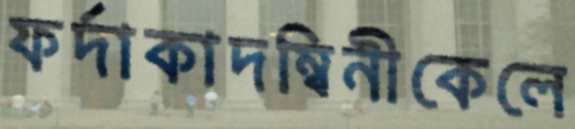
ফর্দাকাদম্বিনীকেলে